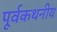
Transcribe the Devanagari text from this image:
पूर्वकथनीय